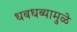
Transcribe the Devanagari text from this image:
धबधब्यामुळे